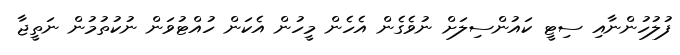
ފުލުހުންނާއި ސިޓީ ކައުންސިލަށް ނުވެގެން އެހެން މީހުން އެކަން ހުއްޓުވަން ނުކުތުމުން ނަތީޖާ